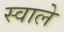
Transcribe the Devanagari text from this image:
स्वाले